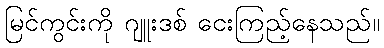
မြင်ကွင်းကို ဂျူးဒစ် ငေးကြည့်နေသည်။